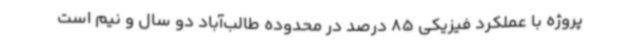
پروژه با عملکرد فیزیکی 85 درصد در محدوده طالب‌آباد دو سال و نیم است